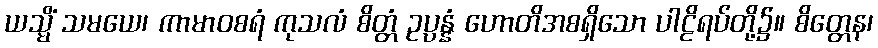
ယသ္မိံ သမယေ၊ ကာမာဝစရံ ကုသလံ စိတ္တံ ဥပ္ပန္နံ ဟောတိအစရှိသော ပါဠိရပ်တို့၌။ စိတ္တေန၊